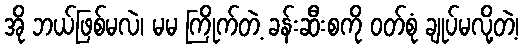
အို ဘယ်ဖြစ်မလဲ၊ မမ ကြိုက်တဲ့ ခန်းဆီးစကို ဝတ်စုံ ချုပ်မလို့တဲ့၊